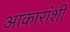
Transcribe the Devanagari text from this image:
आकारांशी